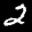
Label: 2